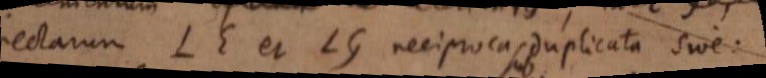
rectarum LE et LG reciproca duplicata sive: